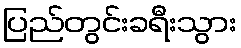
ပြည်တွင်းခရီးသွား